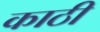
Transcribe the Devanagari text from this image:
काठी